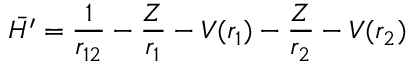
{ \bar { H ^ { \prime } } } = { \frac { 1 } { r _ { 1 2 } } } - { \frac { Z } { r _ { 1 } } } - V ( r _ { 1 } ) - { \frac { Z } { r _ { 2 } } } - V ( r _ { 2 } )